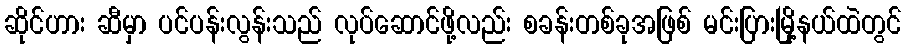
ဆိုင်ဟား ဆီမှာ ပင်ပန်းလွန်းသည် လုပ်ဆောင်ဖို့လည်း စခန်းတစ်ခုအဖြစ် မင်းပြားမြို့နယ်ထဲတွင်